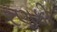
રણકી